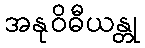
အနုဝိဓီယန္တု